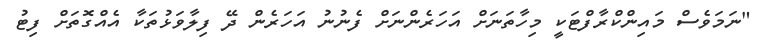
"ނަމަވެސް މައިންކްރާފްޓަކީ މިހާތަނަށް އަހަރެންނަށް ފެނުނު އަހަރެން ދޭ ފިލާވަޅުތަކާ އެއްގޮތަށް ފިޓު